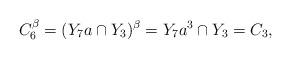
LaTeX: \begin{align*}C_6^{\beta}=(Y_7a\cap Y_3)^{\beta}=Y_7a^3\cap Y_3=C_3,\end{align*}